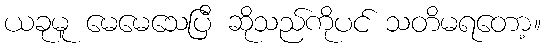
ယခုမူ မေမေသေပြီ ဆိုသည်ကိုပင် သတိမရတော့။